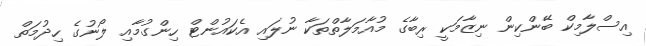
އިސްލާމިކް ބޭންކިން ނިޒާމަކީ ރިބާގެ މުއާމަލާތްތަކާ ނުލައި އެކައުންޓް ހިންގުމާއި ލޯނުގެ ހިދުމަތް